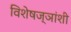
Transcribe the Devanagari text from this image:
विशेषज्ञांशी